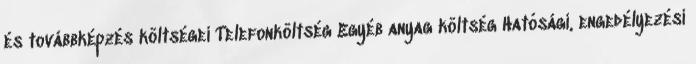
és továbbképzés költségei Telefonköltség Egyéb anyag költség Hatósági, engedélyezési